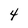
Character: 4